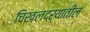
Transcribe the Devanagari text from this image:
चिखलदऱ्यातील